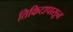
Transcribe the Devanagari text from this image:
तिकिटापासून